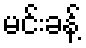
မင်းခန့်